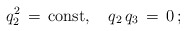
\begin{align*}q_2^2\,=\,\mbox{const}, \quad q_2\,q_3\,=\,0\,{;}\end{align*}